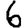
Digit: 6